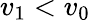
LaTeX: v_{1}<v_{0}